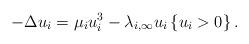
LaTeX: \begin{align*}-\Delta u_i=\mu_i u_i^3-\lambda_{i,\infty} u_i \left\{u_i>0\right\}.\end{align*}